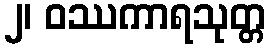
၂၊ ဝဿကာရသုတ္တ